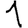
Digit: 1